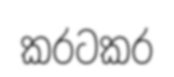
කරටකර